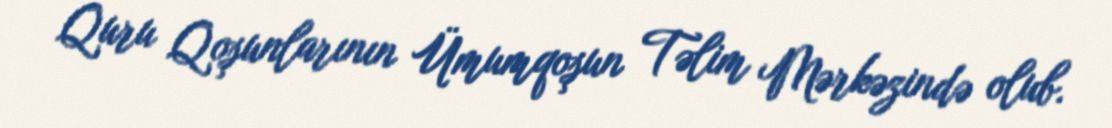
Quru Qoşunlarının Ümumqoşun Təlim Mərkəzində olub.